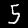
Digit: 5